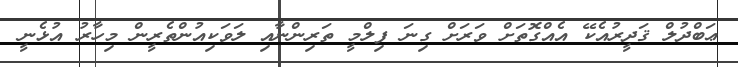
ޢަބްދުލް ޤަދީރުއެކޭ އެއްގޮތަށް ވަރަށް ގިނަ ފިލްމީ ތަރިންނާއި ލަވަކިއުންތެރީން މިހާރު އުޅެނީ